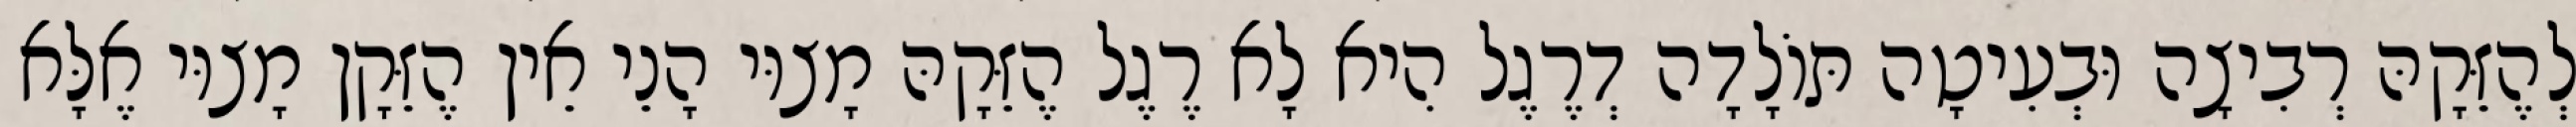
לְהֶזֵּקָהּ רְבִיצָה וּבְעִיטָה תּוֹלָדָה דְרֶגֶל הִיא לָא רֶגֶל הֶזֵּקָהּ מָצוּי הָנֵי אֵין הֶזֵּקָן מָצוּי אֶלָּא